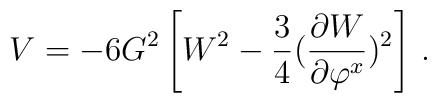
V=-6 G^2 \left[W^2- \frac34({\partial W\over \partial  \varphi^x})^2\right]\,.